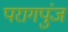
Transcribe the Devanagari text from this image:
परागपुंज